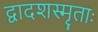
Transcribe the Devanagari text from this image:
द्वादशस्मृताः